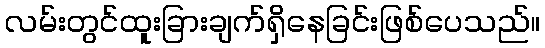
လမ်းတွင်ထူးခြားချက်ရှိနေခြင်းဖြစ်ပေသည်။